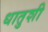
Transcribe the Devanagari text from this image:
धातुशी